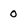
Character: 0